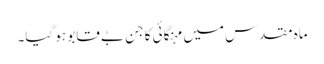
ماہ مقدس میں مہنگائی کا جن بے قابو ہو گیا۔